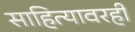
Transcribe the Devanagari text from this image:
साहित्यावरही